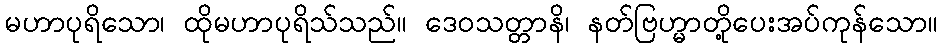
မဟာပုရိသော၊ ထိုမဟာပုရိသ်သည်။ ဒေဝသတ္တာနိ၊ နတ်ဗြဟ္မာတို့ပေးအပ်ကုန်သော။